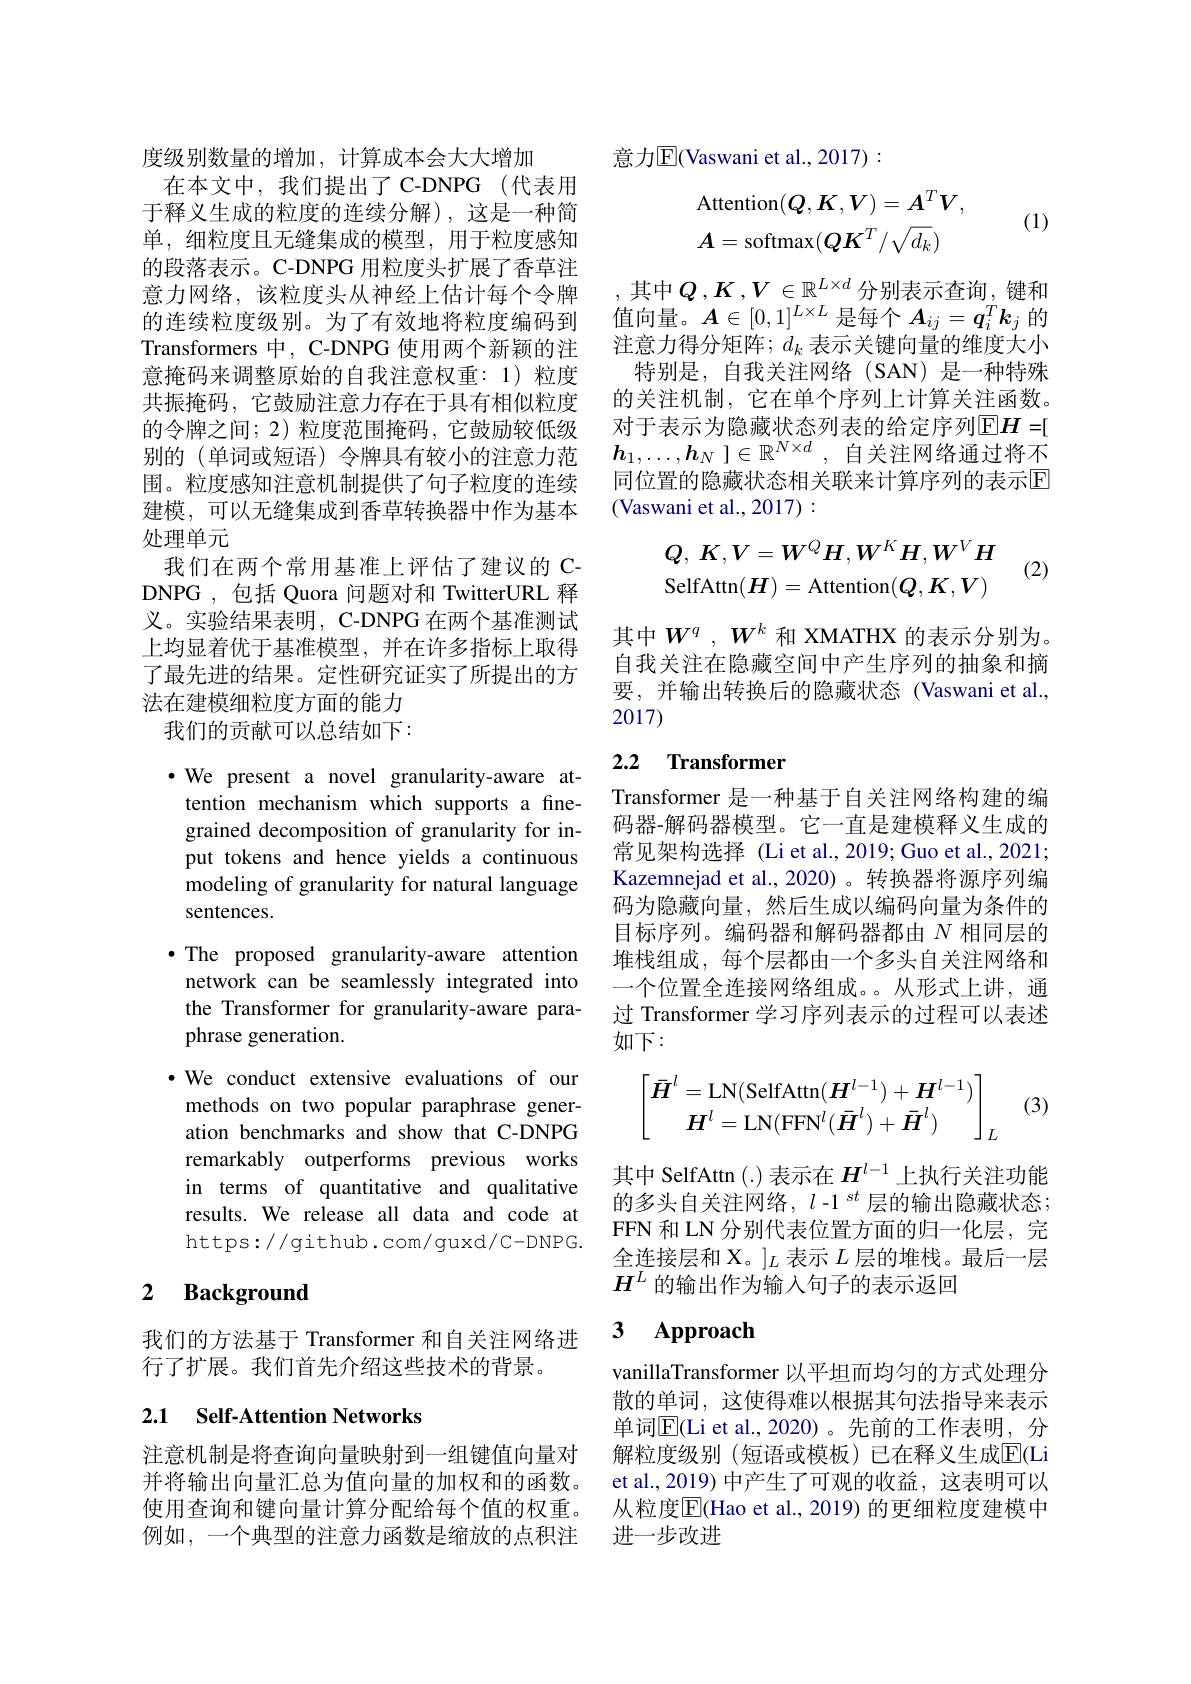
度级别数量的增加，计算成本会大大增加
在本文中，我们提出了C-DNPG(代表用于释义生成的粒度的连续分解),这是一种简单，细粒度且无缝集成的模型，用于粒度感知的段落表示。C-DNPG 用粒度头扩展了香草注意力网络，该粒度头从神经上估计每个令牌的连续粒度级别。为了有效地将粒度编码到Transformers 中，C-DNPG 使用两个新颖的注意掩码来调整原始的自我注意权重：1)粒度共振掩码，它鼓励注意力存在于具有相似粒度的令牌之间；2) 粒度范围掩码，它鼓励较低级别的 (单词或短语) 令牌具有较小的注意力范围。粒度感知注意机制提供了句子粒度的连续建模，可以无缝集成到香草转换器中作为基本处理单元
我们在两个常用基准上评估了建议的 CDNPG , 包括 Quora 问题对和 TwitterURL 释义。实验结果表明，C-DNPG 在两个基准测试上均显着优于基准模型，并在许多指标上取得了最先进的结果。定性研究证实了所提出的方法在建模细粒度方面的能力
我们的贡献可以总结如下：

$\cdot$ We present a novel granularity-aware attention mechanism which supports a finegrained decomposition of granularity for input tokens and hence yields a continuous modeling of granularity for natural language sentences.
·The proposed granularity-aware attention
network can be seamlessly integrated into the Transformer for granularity-aware paraphrase generation.
·We conduct extensive evaluations of our methods on two popular paraphrase generation benchmarks and show that C-DNPG remarkably outperforms previous works in terms of quantitative and qualitative results. We release all data and code at https://github.com/guxd/C-DNPG.

### $\textbf{2}$ $\textbf{Background}$

我们的方法基于 Transformer 和自关注网络进
行了扩展。我们首先介绍这些技术的背景。

## 2.1 Self-Attention Networks

注意机制是将查询向量映射到一组键值向量对并将输出向量汇总为值向量的加权和的函数。

意力$\overline{\mathrm{E}}($Vaswani et al., 2017) :
$$\mathrm{Attention}(Q,K,V)=A^{T}V,\\A=\mathrm{softmax}(QK^{T}/\sqrt{d_{k}})$$
(1)

其中$Q,K,V\in\mathbb{R}^{L\times d}$分别表示查询，键和值向量。$A\in[0,1]^{L\times L}$是每个$A_ij=\boldsymbol q_i^T\boldsymbol{k}_j$的注意力得分矩阵；$d_k$表示关键向量的维度大小
特别是，自我关注网络(SAN) 是一种特殊的关注机制，它在单个序列上计算关注函数。对于表示为隐藏状态列表的给定序列$\overline{\mathrm{E}}H=[$ $\boldsymbol{h}_1, \ldots , \boldsymbol{h}_N$ $] \in \mathbb{R} ^{N\times d}$ , 自关注网络通过将不同位置的隐藏状态相关联来计算序列的表示$\overline{\mathrm{E}}$ (Vaswani et al., 2017):
$$Q,\:K,V=W^{Q}H,W^{K}H,W^{V}H\\\mathrm{SelfAttn}(H)=\mathrm{Attention}(Q,K,V)$$
(2)

其中$W^q$ ,$W^k$ 和 XMATHX 的表示分别为。自我关注在隐藏空间中产生序列的抽象和摘要，并输出转换后的隐藏状态(Vaswani et al., 2017)

## 2.2 Transformer

Transformer 是一种基于自关注网络构建的编码器-解码器模型。它一直是建模释义生成的常见架构选择 (Li et al.,2019; Guo et al.,2021; Kazemnejad et al.,2020)。转换器将源序列编码为隐藏向量，然后生成以编码向量为条件的目标序列。编码器和解码器都由$N$相同层的堆栈组成，每个层都由一个多头自关注网络和一个位置全连接网络组成。。从形式上讲，通过 Transformer 学习序列表示的过程可以表述如下：

(3)
$$\begin{bmatrix}\bar{\boldsymbol{H}}^l=\mathrm{LN}(\mathrm{SelfAttn}(\boldsymbol{H}^{l-1})+\boldsymbol{H}^{l-1})\\\boldsymbol{H}^l=\mathrm{LN}(\mathrm{FFN}^l(\bar{\boldsymbol{H}}^l)+\bar{\boldsymbol{H}}^l)\end{bmatrix}_L$$
其中 SelfAttn (.) 表示在$H^{l-1}$上执行关注功能的多头自关注网络，$l\text{-1}^{st}$层的输出隐藏状态； FFN 和 LN 分别代表位置方面的归一化层，完全连接层和 X。$]_L$表示$L$层的堆栈。最后一层$H^L$的输出作为输入句子的表示返回

### $\textbf{3}$ $\textbf{Approach}$

vanillaTransformer 以平坦而均匀的方式处理分散的单词，这使得难以根据其句法指导来表示单词E(Li et al.,2020)。先前的工作表明，分解粒度级别 (短语或模板)已在释义生成$\overline{\mathrm{E}}($Li et al., 2019) 中产生了可观的收益，这表明可以
使用查询和键向量计算分配给每个值的权重。 从粒度$\overline{\mathrm{E}}($Hao et al.,2019) 的更细粒度建模中
例如，一个典型的注意力函数是缩放的点积注   进一步改进